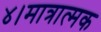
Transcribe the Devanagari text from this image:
४।मात्रात्मक